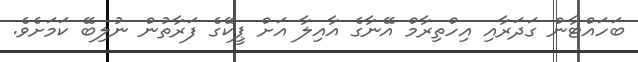
ބަހައްޓާން ގަދަރާއި އިހްތިރާމް އޭނާގެ އާއިލާ އަށް ޕީކޭގެ ފަރާތުން ނުލިބޭ ކަމަށެވެ.